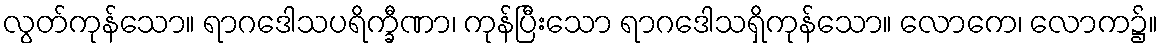
လွတ်ကုန်သော။ ရာဂဒေါသပရိက္ခီဏာ၊ ကုန်ပြီးသော ရာဂဒေါသရှိကုန်သော။ လောကေ၊ လောက၌။